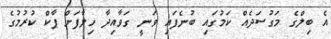
އެ ބިލްގެ މަގުސަދެއް ކަމުގައި ބުނެފައި ވަނީ ގަވާއިދާ ހިލާފަށް ޕާކް ކުރުމުގެ